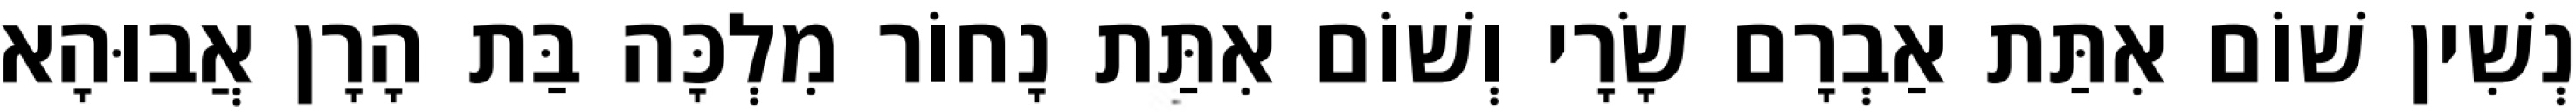
נְשִׁין שׁוֹם אִתַּת אַבְרָם שָׂרָי וְשׁוֹם אִתַּת נָחוֹר מִלְכָּה בַּת הָרָן אֲבוּהָא